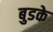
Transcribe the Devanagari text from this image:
बुडके